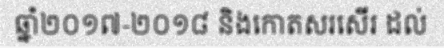
ឆ្នាំ២០១៧-២០១៨ និងកោតសរសើរ ដល់